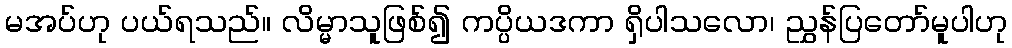
မအပ်ဟု ပယ်ရသည်။ လိမ္မာသူဖြစ်၍ ကပ္ပိယဒကာ ရှိပါသလော၊ ညွှန်ပြတော်မူပါဟု